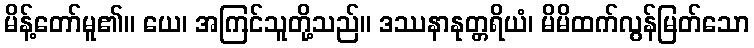
မိန့်တော်မူ၏။ ယေ၊ အကြင်သူတို့သည်။ ဒဿနာနုတ္တရိယံ၊ မိမိထက်လွန်မြတ်သော